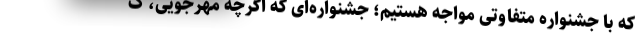
که با جشنواره متفاوتی مواجه هستیم؛ جشنواره‌ای که اگرچه مهرجویی، ک